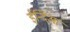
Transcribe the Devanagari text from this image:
ईन्दिआ